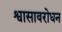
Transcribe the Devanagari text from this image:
श्वासावरोधन